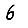
Digit: 6